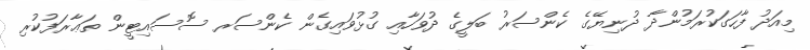
މިއަދު ފާހަގަކުރަމުންދާ ދުނިޔޭގެ ކެންސަރު ބަލީގެ ދުވަހާއި ގުޅުވައިގެން ކެންސަރ ސޮސައިޓީން ތަޢާރަފުކުރި